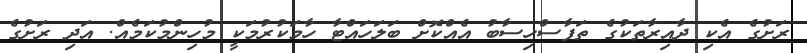
ރަށުގެ އެކި ދާއިރާތަކުގެ ތަފާސްހިސާބު އެއްކޮށް ބަލަހައްޓާ ހާމަކުރުމަކީ މުހިންމުކަމެއް. އަދި ރަށުގެ